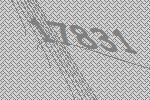
17831